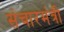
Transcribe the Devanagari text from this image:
संचारमंत्री